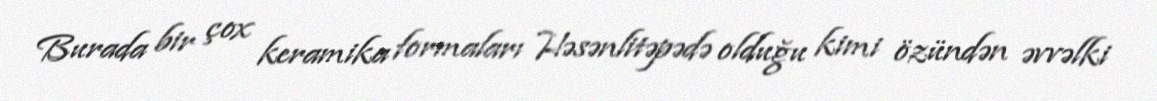
Burada bir çox keramika formaları Həsənlitəpədə olduğu kimi özündən əvvəlki